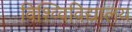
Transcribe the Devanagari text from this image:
विश्व्विविद्यालय